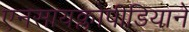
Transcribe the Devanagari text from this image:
एनसायक्लोपीडियाने